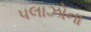
પલાઝોના